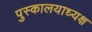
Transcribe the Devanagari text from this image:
पुस्कालयाध्यक्ष